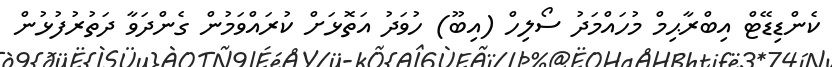
ކެންޑިޑޭޓް އިބްރާޙިމް މުހައްމަދު ސޯލިހް (އިބޫ) ހުވަދު އަތޮޅަށް ކުރައްވަމުން ގެންދަވާ ދަތުރުފުޅުން